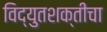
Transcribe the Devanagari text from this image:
विद्युतशक्तीचा